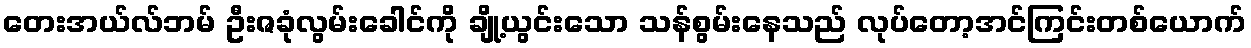
တေးအယ်လ်ဘမ် ဦးဇခုံလွမ်းခေါင်ကို ချို့ယွင်းသော သန်စွမ်းနေသည် လုပ်တော့အင်ကြင်းတစ်ယောက်